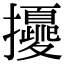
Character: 𢹎